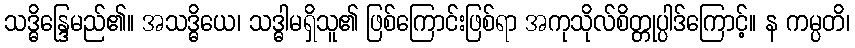
သဒ္ဓိန္ဒြေမည်၏။ အသဒ္ဓိယေ၊ သဒ္ဓါမရှိသူ၏ ဖြစ်ကြောင်းဖြစ်ရာ အကုသိုလ်စိတ္တုပ္ပါဒ်ကြောင့်။ န ကမ္ပတိ၊